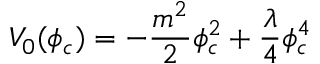
V _ { 0 } ( \phi _ { c } ) = - \frac { m ^ { 2 } } { 2 } \phi _ { c } ^ { 2 } + \frac { \lambda } { 4 } \phi _ { c } ^ { 4 }